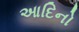
આદિનો